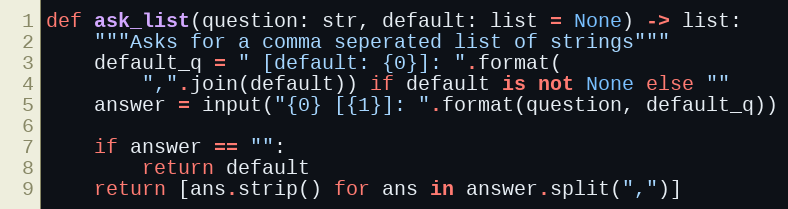
Language: Python
def ask_list(question: str, default: list = None) -> list:
    """Asks for a comma seperated list of strings"""
    default_q = " [default: {0}]: ".format(
        ",".join(default)) if default is not None else ""
    answer = input("{0} [{1}]: ".format(question, default_q))

    if answer == "":
        return default
    return [ans.strip() for ans in answer.split(",")]